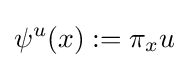
\psi ^{u}(x):=\pi _{x}u